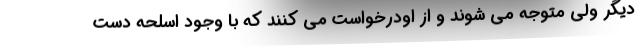
دیگر ولی متوجه می شوند و از اودرخواست می کنند که با وجود اسلحه دست